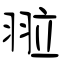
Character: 翋